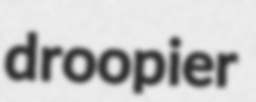
droopier